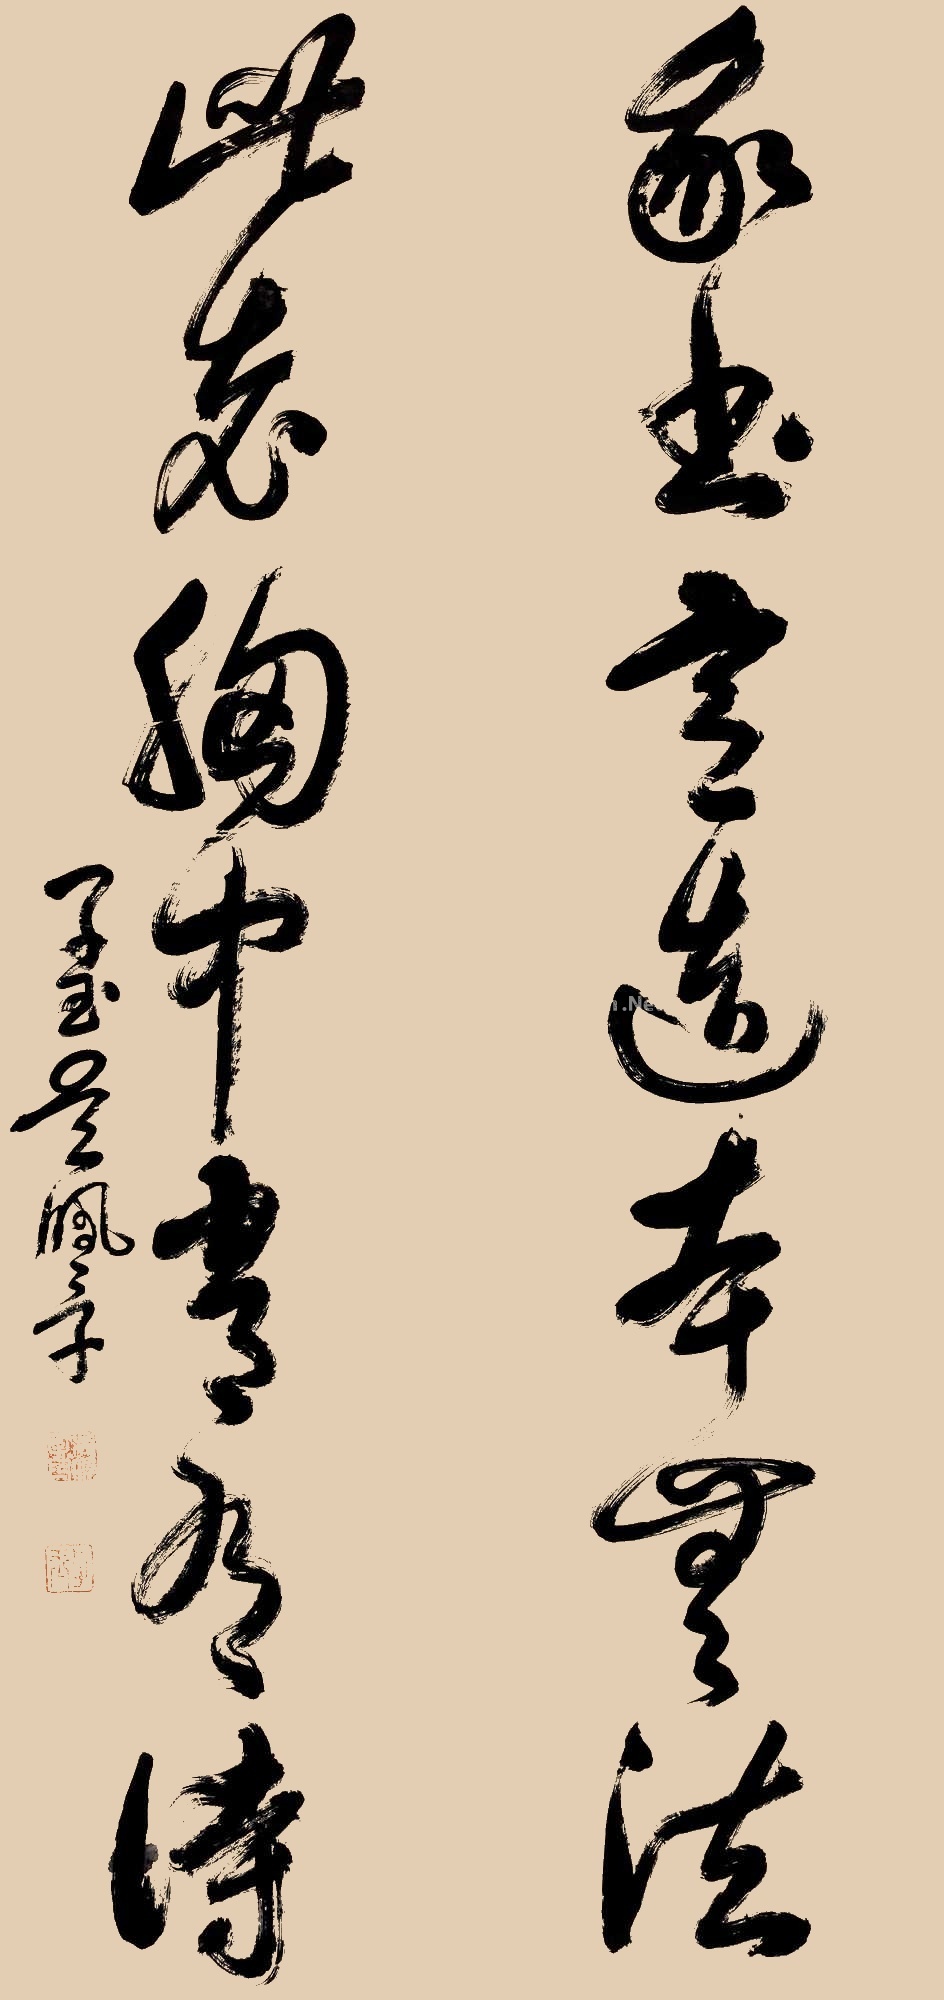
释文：我书意造本无法，此老胸中常有诗。子玉吴佩孚。